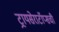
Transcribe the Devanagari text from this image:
ट्रायसेराटॉप्सची